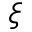
\xi